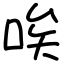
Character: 唉